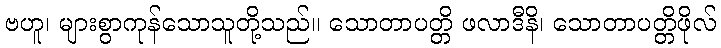
ဗဟူ၊ များစွာကုန်သောသူတို့သည်။ သောတာပတ္တိ ဖလာဒီနိ၊ သောတာပတ္တိဖိုလ်